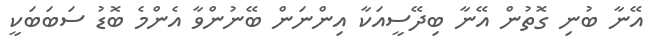
އޭނާ ބުނި ގޮތުން އޭނާ ބިދޭސީއަކާ އިންނަން ބޭނުންވާ އެންމެ ބޮޑު ސަބަބަކީ